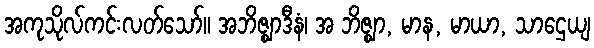
အကုသိုလ်ကင်းလတ်သော်။ အဘိဇ္ဈာဒီနံ၊ အ ဘိဇ္ဈာ, မာန, မာယာ, သာဌေယျ